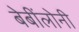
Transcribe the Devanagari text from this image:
बेबींलोनी